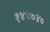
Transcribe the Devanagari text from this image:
१४४०४०